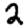
Digit: 2